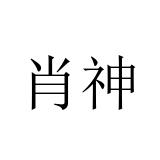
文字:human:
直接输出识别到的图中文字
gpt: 肖神